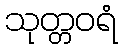
သုတ္တဝရံ